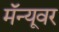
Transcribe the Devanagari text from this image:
मॅन्यूवर